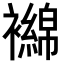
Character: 𬡴